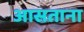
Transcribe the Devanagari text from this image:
आसताना